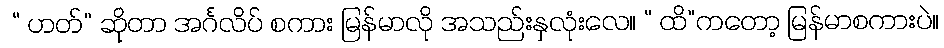
 “ ဟတ်” ဆိုတာ အင်္ဂလိပ် စကား မြန်မာလို အသည်းနှလုံးလေ။ “ ထိ”ကတော့ မြန်မာစကားပဲ။